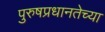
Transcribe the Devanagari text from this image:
पुरुषप्रधानतेच्या